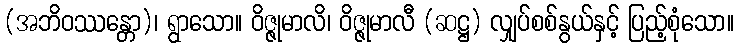
(အဘိဝဿန္တော)၊ ရွာသော။ ဝိဇ္ဇုမာလိ၊ ဝိဇ္ဇုမာလီ (ဆဋ္ဌ) လျှပ်စစ်နွယ်နှင့် ပြည့်စုံသော။